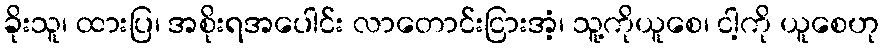
ခိုးသူ၊ ထားပြ၊ အစိုးရအပေါင်း လာတောင်းငြားအံ့၊ သူ့ကိုယူစေ၊ ငါ့ကို ယူစေဟု